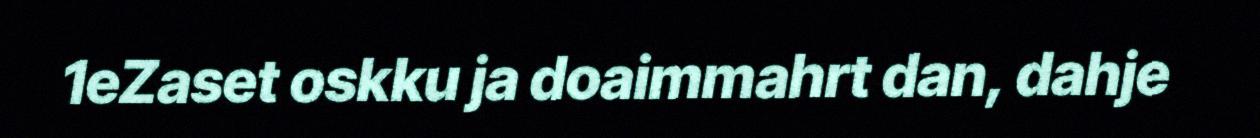
1eZaset oskku ja doaimmahrt dan, dahje